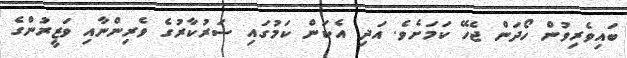
ބައިވެރިވުން ހޯދަން ޖެހޭ ކަމަށެވެ. އަދި އެކަން ކަމުގައި ސަރުކާރުގެ ވެރިންނާއި ވަޒީރުންގެ